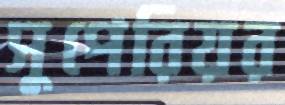
সুপেরিয়র